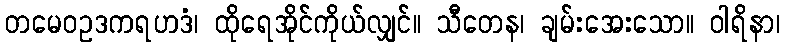
တမေဝဥဒကရဟဒံ၊ ထိုရေအိုင်ကိုယ်လျှင်။ သီတေန၊ ချမ်းအေးသော။ ဝါရိနာ၊